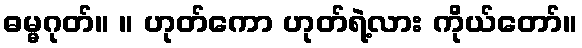
ဓမ္မဂုတ်။ ။ ဟုတ်ကော ဟုတ်ရဲ့လား ကိုယ်တော်။